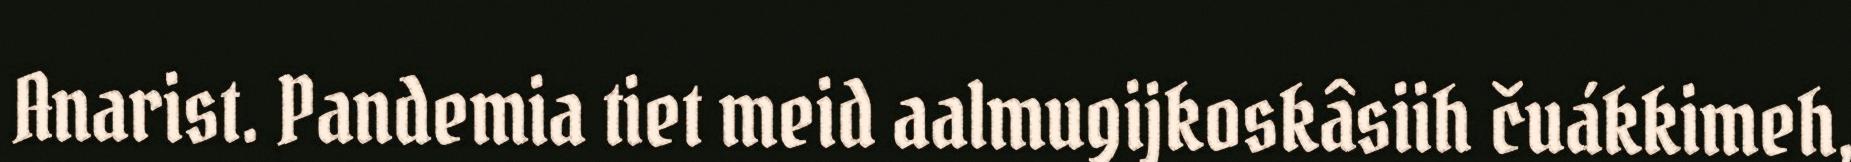
Anarist. Pandemia tiet meid aalmugijkoskâsiih čuákkimeh,